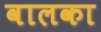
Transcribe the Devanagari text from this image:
वालका